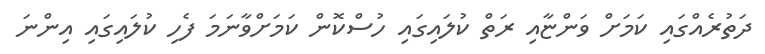
ދަތުރެއްގައި ކަމަށް ވަންޏާއި ރަތް ކުލައިގައި ހުސްކޮން ކަމަށްވާނަމަ ފެހި ކުލައިގައި އިންނަ